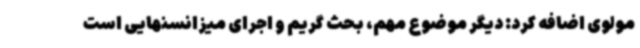
مولوی اضافه کرد: دیگر موضوع مهم، بحث گریم و اجرای میزانسنهایی است